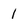
Character: 1